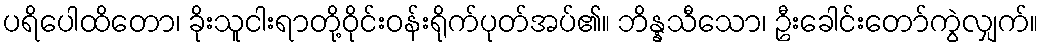
ပရိပေါထိတော၊ ခိုးသူငါးရာတို့ဝိုင်းဝန်းရိုက်ပုတ်အပ်၏။ ဘိန္နသီသော၊ ဦးခေါင်းတော်ကွဲလျှက်။